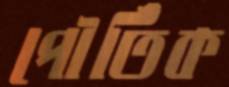
পৌর্তিক